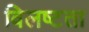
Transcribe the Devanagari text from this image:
विलष्टता